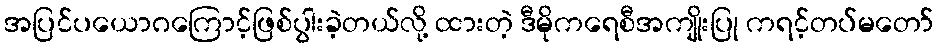
အပြင်ပယောဂကြောင့်ဖြစ်ပွါးခဲ့တယ်လို့ ထားတဲ့ ဒီမိုကရေစီအကျိုးပြု ကရင့်တပ်မတော်